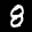
Label: 8